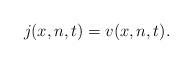
LaTeX: \begin{align*}j(x,n,t)=v(x,n,t).\end{align*}